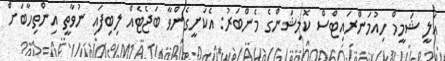
އަލީ ޝަމީމް ހިއުމަންރައިޓްސް ކޮމިޝަންގެ މެންބަރު: އެކަށީގެންވާ ބަޖެޓެއް ލިބިފައި ނުވާތީ އިންތިހާބަށް